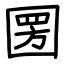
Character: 圐